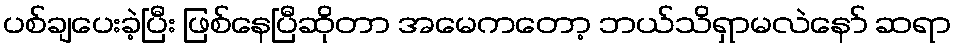
ပစ်ချပေးခဲ့ပြီး ဖြစ်နေပြီဆိုတာ အမေကတော့ ဘယ်သိရှာမလဲနော် ဆရာ